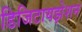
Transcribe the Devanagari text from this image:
डिजिटायझेशन